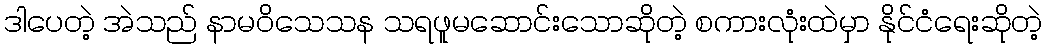
ဒါပေတဲ့ အဲသည် နာမဝိသေသန သရဖူမဆောင်းသောဆိုတဲ့ စကားလုံးထဲမှာ နိုင်ငံရေးဆိုတဲ့